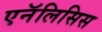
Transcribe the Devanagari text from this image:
एनॅलिसिस